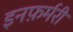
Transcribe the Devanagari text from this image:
इनफ़र्मरी